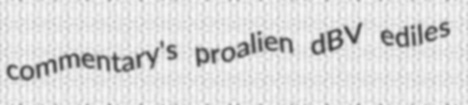
commentary's proalien dBV ediles